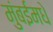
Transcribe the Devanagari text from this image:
मुंबईमधे